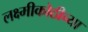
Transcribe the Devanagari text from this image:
लक्ष्मीकोठीच्या